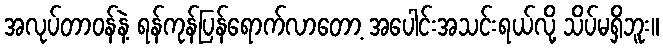
အလုပ်တာဝန်နဲ့ ရန်ကုန်ပြန်ရောက်လာတော့ အပေါင်းအသင်းရယ်လို့ သိပ်မရှိဘူး။